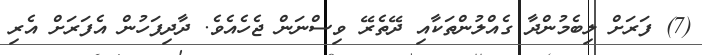
(7) ފަރަށް ލިބެމުންދާ ގެއްލުންތަކާއި ދޭތެރޭ ވިސްނަން ޖެހެއެވެ. ދާދިފަހުން އެފަރަށް އެރި